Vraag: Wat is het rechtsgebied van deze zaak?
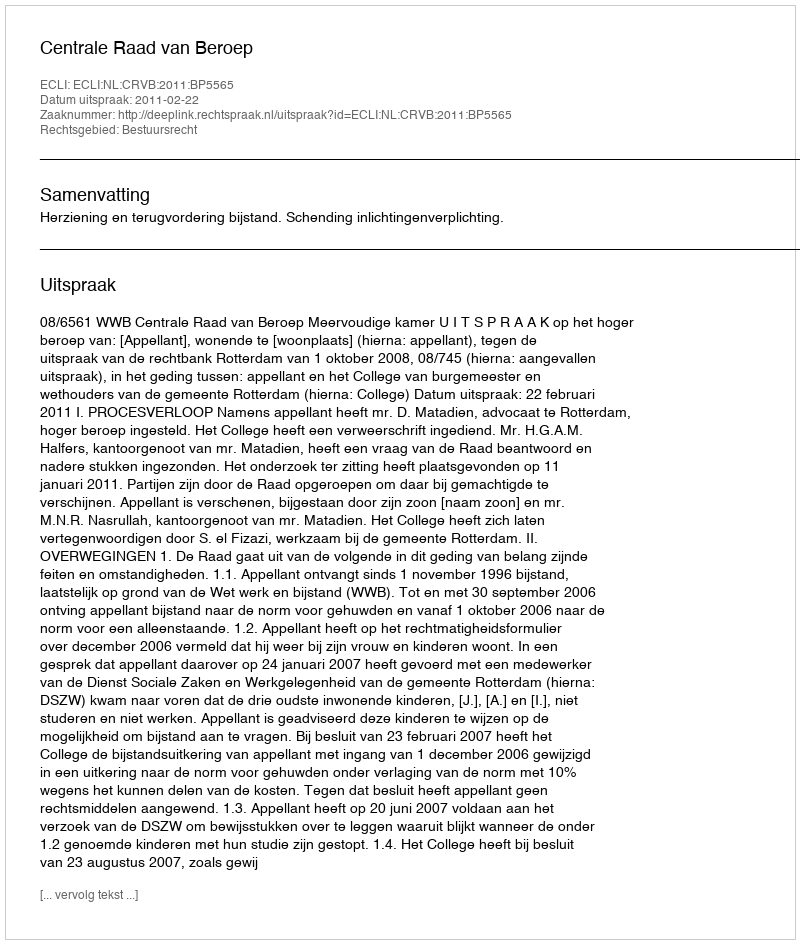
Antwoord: Bestuursrecht